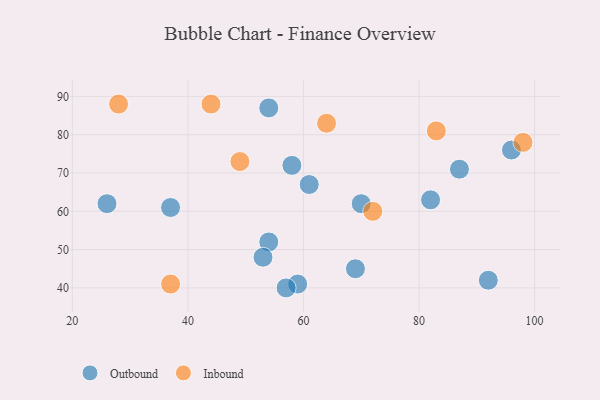
{"axis": {"x": "GDP", "y": "Life Expectancy"}, "legend": ["Inbound", "Outbound"], "data": [{"x": "70", "y": 62, "type": "Outbound"}, {"x": "54", "y": 52, "type": "Outbound"}, {"x": "61", "y": 67, "type": "Outbound"}, {"x": "26", "y": 62, "type": "Outbound"}, {"x": "59", "y": 41, "type": "Outbound"}, {"x": "58", "y": 72, "type": "Outbound"}, {"x": "87", "y": 71, "type": "Outbound"}, {"x": "69", "y": 45, "type": "Outbound"}, {"x": "54", "y": 87, "type": "Outbound"}, {"x": "53", "y": 48, "type": "Outbound"}, {"x": "57", "y": 40, "type": "Outbound"}, {"x": "92", "y": 42, "type": "Outbound"}, {"x": "96", "y": 76, "type": "Outbound"}, {"x": "82", "y": 63, "type": "Outbound"}, {"x": "37", "y": 61, "type": "Outbound"}, {"x": "49", "y": 73, "type": "Inbound"}, {"x": "44", "y": 88, "type": "Inbound"}, {"x": "64", "y": 83, "type": "Inbound"}, {"x": "37", "y": 41, "type": "Inbound"}, {"x": "28", "y": 88, "type": "Inbound"}, {"x": "83", "y": 81, "type": "Inbound"}, {"x": "98", "y": 78, "type": "Inbound"}, {"x": "72", "y": 60, "type": "Inbound"}]}